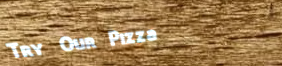
Try Our Pizza